Vabadussoja_Ajaloo_Komitee, lk 4
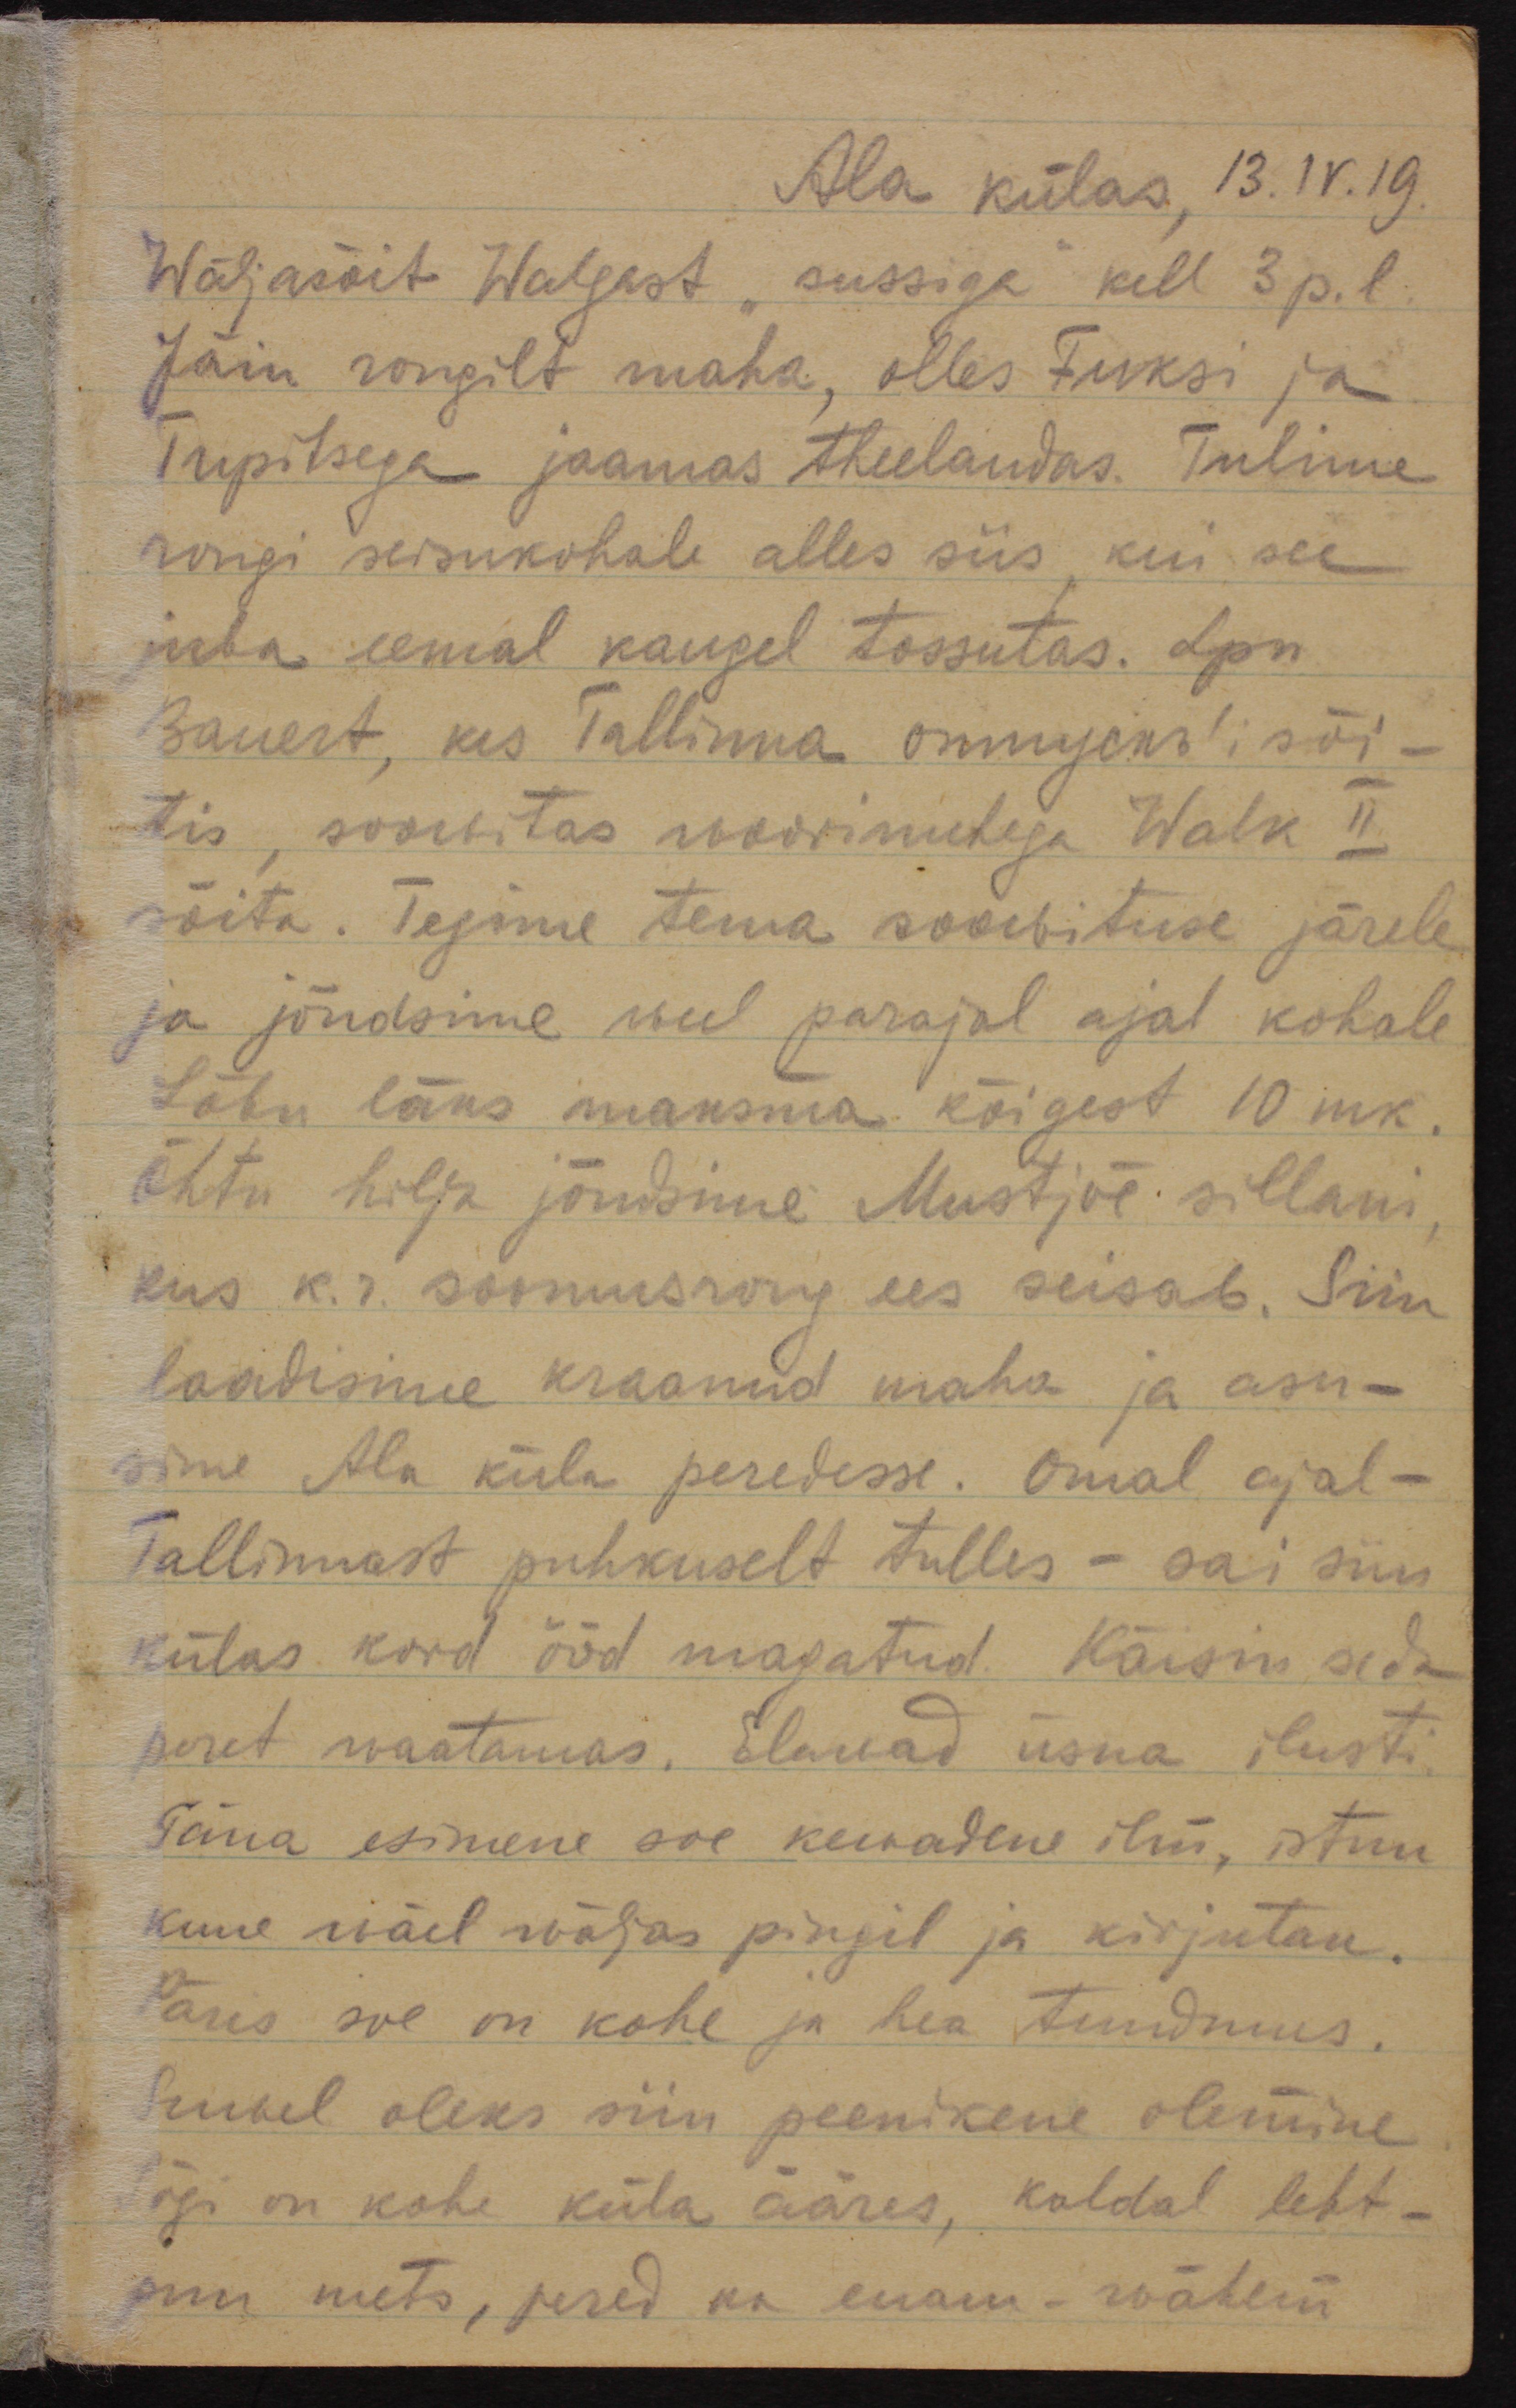
Ala külas, 13.IV.19
Wäljasõit Walgast sussiga kell 3 p.l
Jäin rongilt maha, olles Fuksi ja 
Trepitsega jaamas theelaudas. Tulime
rongi seisukohale alles siis, kui see
juba eemal kaugel tossutas. Lpn
Bauert, kes Tallinna отпускъ, sõi-
tis, soowitas woorimehega Walk II
sõita. Tegime tema soowituse järele
ja jõudsime weel parajal ajal kohale
Lõbu läks maksma kõigest 10 mk.
Õhtu hilja jõudsime Mustjõe sillani, 
kus k.r. soomusrong ees seisab. Siin
laadisime kraamid maha ja asu-
sime Ala küla peredesse. Omal ajal 
Tallinnast puhkuselt tulles - sai siin
külas kord ööd magatud. Käisin seda
peret vaatamas. Elawad üsna ilusti
Täna esimene soe kewadine ilm, istun
kuue wäel wäljas pingil ja kirjutan.
Päris soe on kohe ja hea tundmus.
Suwel oleks siin peenikene olemine.
Jõgi on kohe küla ääres, kaldal leht-
puu mets, pered on enam - wähem